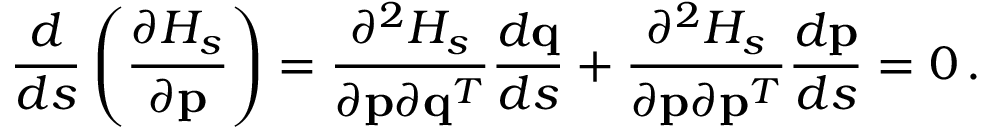
\frac { d } { d s } \left( \frac { \partial { \cal H } _ { s } } { \partial { \bf p } } \right) = \frac { \partial ^ { 2 } { \cal H } _ { s } } { \partial { \bf p } \partial { \bf q } ^ { T } } \frac { d { \bf q } } { d s } + \frac { \partial ^ { 2 } { \cal H } _ { s } } { \partial { \bf p } \partial { \bf p } ^ { T } } \frac { d { \bf p } } { d s } = 0 \, .